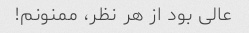
عالی بود از هر نظر، ممنونم!